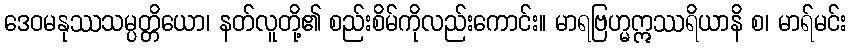
ဒေဝမနုဿသမ္ပတ္တိယော၊ နတ်လူတို့၏ စည်းစိမ်ကိုလည်းကောင်း။ မာရဗြဟ္မဣဿရိယာနိ စ၊ မာရ်မင်း